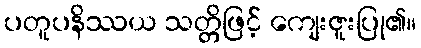
ပတူပနိဿယ သတ္တိဖြင့် ကျေးဇူးပြု၏။